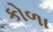
કોળા